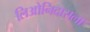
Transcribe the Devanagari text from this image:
लिओनिदासला